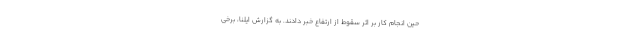
حین انجام کار بر اثر سقوط از ارتفاع خبر دادند. به گزارش ایلنا، برخی